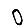
Digit: 0